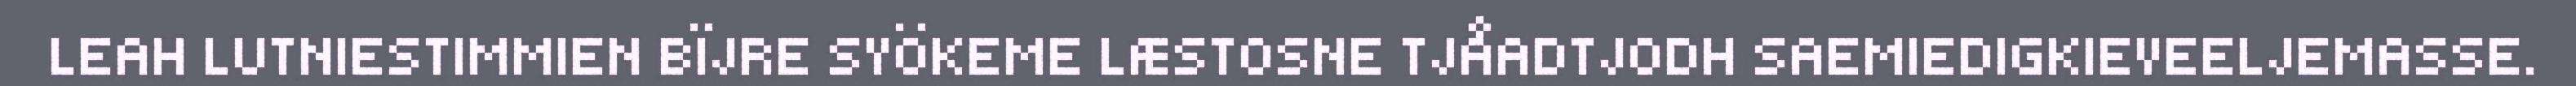
LEAH LUTNIESTIMMIEN BÏJRE SYÖKEME LÆSTOSNE TJÅADTJODH SAEMIEDIGKIEVEELJEMASSE.